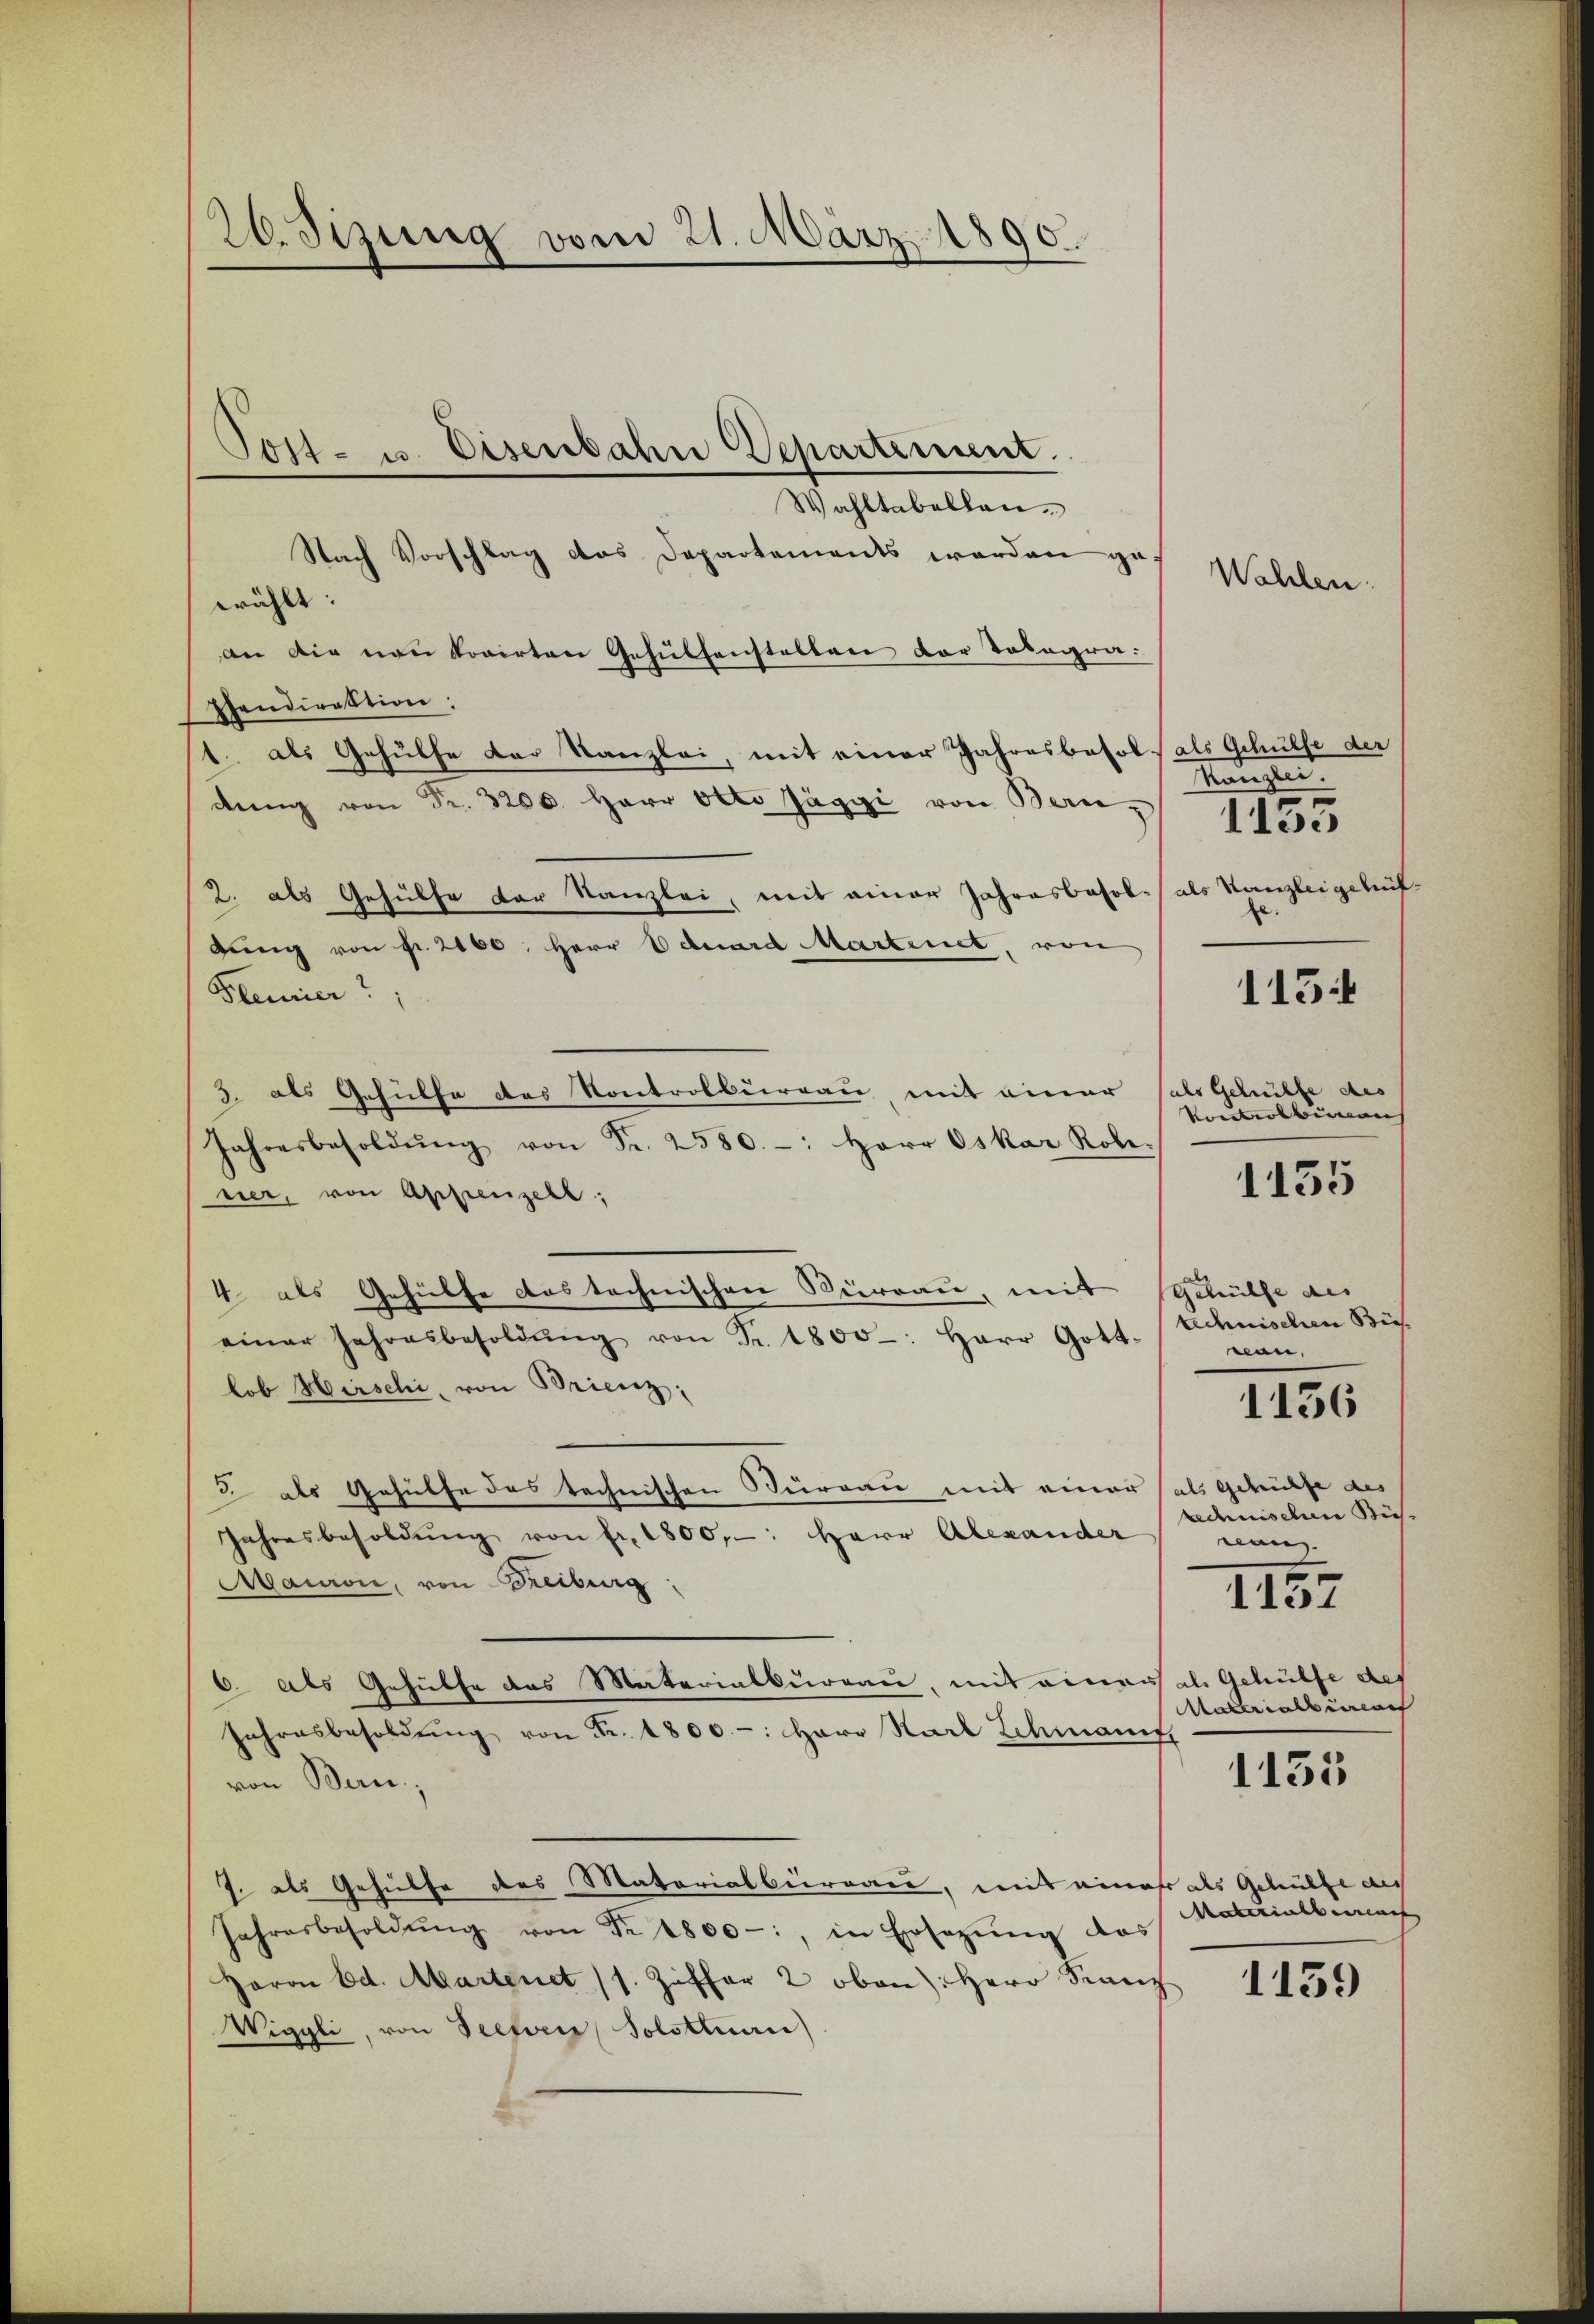
26. Sizung vom 21. März 1890.

Wahltabellen.
Nach Vorschlag des Departements werden g
zu
wählt:
an die von korirten Gehülfenstalten der Totagra
pendirektion:
1. als Gehülfe der Kanzlei, mit einer Jahresbesol als Gehülfe der
dŭng von Fr. 3200. Herr Otto Jäggi von Bern-
2. als Gehülfe der Kanzlei, mit einer Jahresbesol- als Kanzleigehüf-
dung von fr. 2100. Herr Eduard Martinet, von
Pleuier
3. als Gehülfe des Kontrolbureau, mit einer
Jahresbesoldŭng von Fr. 2580. -: Herr Oskar Robe-
nier, von Appenzell,
4. als Gehülfe des technischen Surrau, mit
einer Jahresbesoldŭng von Fr. 1800-: Herr Gott-
lob Hirschi, von Brienz;
3 als Gehülfe des technischen Büreau mit einer als gehülfe des
Jahresbesoldŭng von fr. 1800, -: Herr Alexander
Mauron, von Freiburg
6 als Gehülfe das Materialbureau, mit einer als Gehülfe des
Jahresbesoldŭng von Fr. 1800.-: Herr Karl Schmanif
von Bern,
J. als Gehülfe des Materialbernau, mit eines als Gehülfe au
Jahresbesoldŭng von Fr. 1800-:, in Ersezung das
Haron Ed. Martenet (s. Ziffer 2 oben: Herr Franz
Wiggli, von Seetven Solottuarii)

Post- u. Eisenbahn Departement.

Wahlen.

Kanzle
.
115

1155

als Gehülfe des
Noumoliman

1135

gehülfe des
technischen Bes
nen.
ademischen Küswan

1136

1157

Materialben

1131

Materialherren

1159